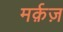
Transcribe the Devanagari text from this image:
मर्क़ज़